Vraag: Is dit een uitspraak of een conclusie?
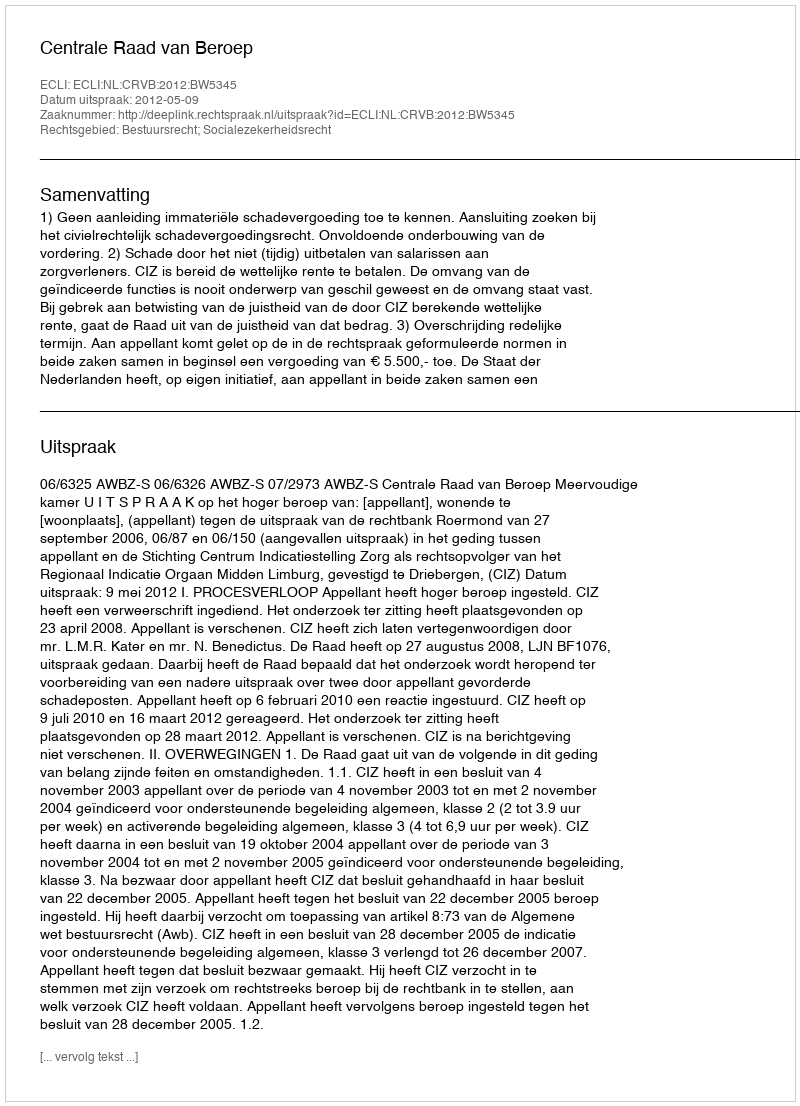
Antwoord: Uitspraak